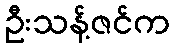
ဦးသန့်ဇင်က